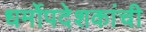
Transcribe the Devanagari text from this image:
धर्मोपदेशकांची